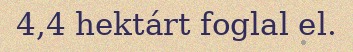
4,4 hektárt foglal el.